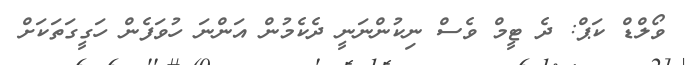
ވޯލްޑް ކަޕް: ދެ ޓީމް ވެސް ނިކުންނަނީ ދެކެމުން އަންނަ ހުވަފެން ހަގީގަތަކަށް